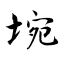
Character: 埦